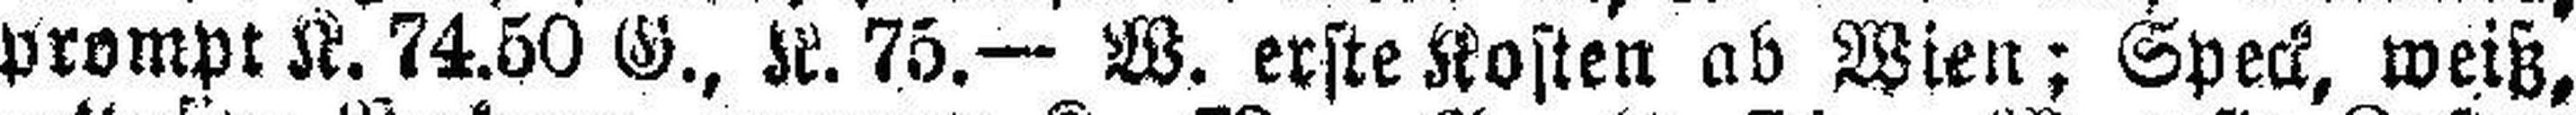
prompt K. 74.50 G., K. 75.— W. erste Kosten ab Wien; Speck, weiß,